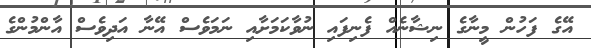
އޭގެ ފަހުން މީނާގެ ނިޝާނެއް ފެނިފައި ނުވާކަމަށާއި ނަމަވެސް އޭނާ އަދިވެސް އާންމުންގެ